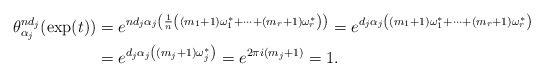
LaTeX: \begin{align*}\theta_{\alpha_{j}}^{nd_{j}}(\exp(t))&=e^{nd_{j}\alpha_{j}\left(\frac{1}{n}\left((m_{1}+1)\omega_{1}^{*}+\cdots +(m_{r}+1)\omega_{r}^{*}\right)\right)}=e^{d_{j}\alpha_{j} \left((m_{1}+1)\omega_{1}^{*}+\cdots +(m_{r}+1)\omega_{r}^{*}\right)}\\&=e^{d_{j}\alpha_{j} \left((m_{j}+1)\omega_{j}^{*}\right)}=e^{2\pi i(m_{j}+1)}=1.\end{align*}